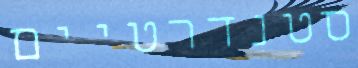
סטנדרטיים